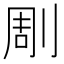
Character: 㓮